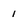
Character: 1